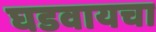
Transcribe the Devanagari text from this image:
घडवायचा